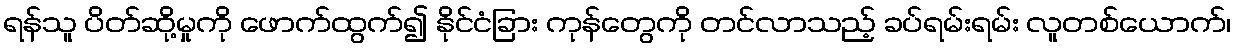
ရန်သူ ပိတ်ဆို့မှုကို ဖောက်ထွက်၍ နိုင်ငံခြား ကုန်တွေကို တင်လာသည့် ခပ်ရမ်းရမ်း လူတစ်ယောက်၊